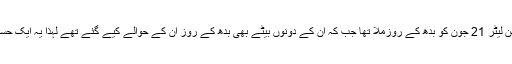
سنی کا کہنا ہے کہ انہیں نشا کی حوالگی کاآفیشل کنفرمیشن لیٹر 21 جون کو بدھ کے روزملا تھا جب کہ ان کے دونوں بیٹے بھی بدھ کے روز ان کے حوالے کیے گئے تھے لہٰذا یہ ایک حسین اتفاق ہے کہ ان کے تینوں بچے انہیں ایک ہی دن ملے۔